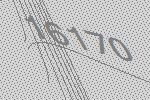
16170